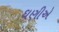
ઘણીએ